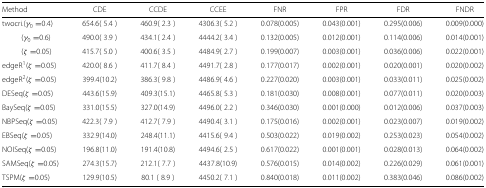
<table><thead><tr><td><b>Method</b></td><td><b>CDE</b></td><td><b>CCDE</b></td><td><b>CCEE</b></td><td><b>FNR</b></td><td><b>FPR</b></td><td><b>FDR</b></td><td><b>FNDR</b></td></tr></thead><tbody><tr><td>twocri.(<i>γ</i><sub>0</sub>=0.4)</td><td>654.6(5.4)</td><td>460.9(2.3)</td><td>4306.3(5.2)</td><td>0.078(0.005)</td><td>0.043(0.001)</td><td>0.295(0.006)</td><td>0.009(0.000)</td></tr><tr><td>(<i>γ</i><sub>0</sub>=0.6)</td><td>490.0(3.9)</td><td>434.1(2.4)</td><td>4444.2(3.4)</td><td>0.132(0.005)</td><td>0.012(0.001)</td><td>0.114(0.006)</td><td>0.014(0.001)</td></tr><tr><td>(<i>ζ</i>=0.05)</td><td>415.7(5.0)</td><td>400.6(3.5)</td><td>4484.9(2.7)</td><td>0.199(0.007)</td><td>0.003(0.001)</td><td>0.036(0.006)</td><td>0.022(0.001)</td></tr><tr><td>edgeR <sup>1</sup>(<i>ζ</i>=0.05)</td><td>420.0(8.6)</td><td>411.7(8.4)</td><td>4491.7(2.8)</td><td>0.177(0.017)</td><td>0.002(0.001)</td><td>0.020(0.001)</td><td>0.020(0.002)</td></tr><tr><td>edgeR <sup>2</sup>(<i>ζ</i>=0.05)</td><td>399.4(10.2)</td><td>386.3(9.8)</td><td>4486.9(4.6)</td><td>0.227(0.020)</td><td>0.003(0.001)</td><td>0.033(0.011)</td><td>0.025(0.002)</td></tr><tr><td>DESeq(<i>ζ</i>=0.05)</td><td>443.6(15.9)</td><td>409.3(15.1)</td><td>4465.8(5.3)</td><td>0.181(0.030)</td><td>0.008(0.001)</td><td>0.077(0.011)</td><td>0.020(0.003)</td></tr><tr><td>BaySeq(<i>ζ</i>=0.05)</td><td>331.0(15.5)</td><td>327.0(14.9)</td><td>4496.0(2.2)</td><td>0.346(0.030)</td><td>0.001(0.000)</td><td>0.012(0.006)</td><td>0.037(0.003)</td></tr><tr><td>NBPSeq(<i>ζ</i>=0.05)</td><td>422.3(7.9)</td><td>412.7(7.9)</td><td>4490.4(3.1)</td><td>0.175(0.016)</td><td>0.002(0.001)</td><td>0.023(0.007)</td><td>0.019(0.002)</td></tr><tr><td>EBSeq(<i>ζ</i>=0.05)</td><td>332.9(14.0)</td><td>248.4(11.1)</td><td>4415.6(9.4)</td><td>0.503(0.022)</td><td>0.019(0.002)</td><td>0.253(0.023)</td><td>0.054(0.002)</td></tr><tr><td>NOISeq(<i>ζ</i>=0.05)</td><td>196.8(11.0)</td><td>191.4(10.8)</td><td>4494.6(2.5)</td><td>0.617(0.022)</td><td>0.001(0.001)</td><td>0.028(0.013)</td><td>0.064(0.002)</td></tr><tr><td>SAMSeq(<i>ζ</i>=0.05)</td><td>274.3(15.7)</td><td>212.1(7.7)</td><td>4437.8(10.9)</td><td>0.576(0.015)</td><td>0.014(0.002)</td><td>0.226(0.029)</td><td>0.061(0.001)</td></tr><tr><td>TSPM(<i>ζ</i>=0.05)</td><td>129.9(10.5)</td><td>80.1 (8.9)</td><td>4450.2(7.1)</td><td>0.840(0.018)</td><td>0.011(0.002)</td><td>0.383(0.046)</td><td>0.086(0.002)</td></tr></tbody></table>